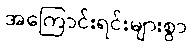
အကြောင်းရင်းများစွာ